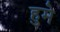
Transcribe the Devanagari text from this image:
हुमे